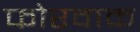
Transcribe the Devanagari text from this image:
फोरवाक